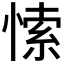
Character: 𭝻